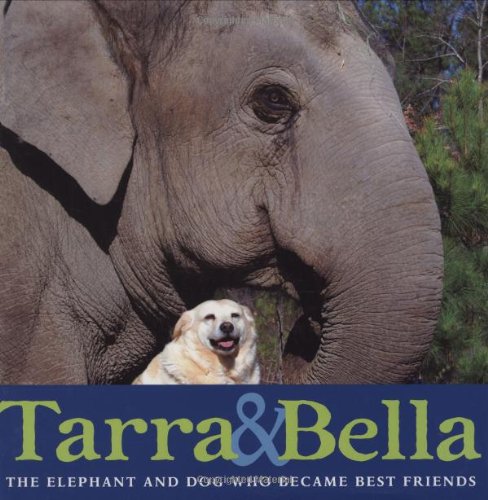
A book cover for Tarra & Bella: The Elephant and Dog Who Became Best Friends; Carol Buckley; Children's Books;